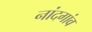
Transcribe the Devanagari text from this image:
नांदगांव